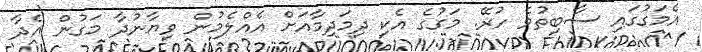
އެމަގުގައި ސާބިތުވެ ހުރޭ. މަގުގެ އެކި ދިމަދިމާއަށް އެއްލެމުން ވިޔާނުދާ މަގުން އެދާ